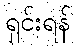
ရှင်းရန်